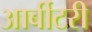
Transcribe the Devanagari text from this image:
आर्बीटरी